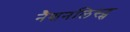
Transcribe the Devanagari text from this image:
नैशनलिस्ट्स